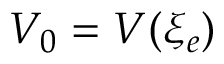
V _ { 0 } = V ( \xi _ { e } )